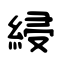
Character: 綅